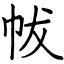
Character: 帗